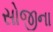
સોજીના